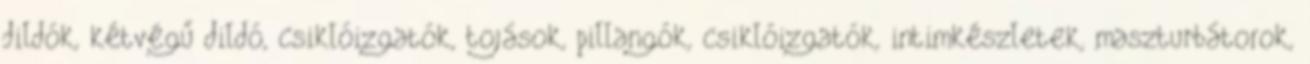
dildók, kétvégű dildó, csiklóizgatók, tojások, pillangók, csiklóizgatók, intimkészletek, maszturbátorok,